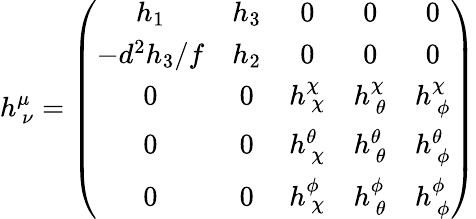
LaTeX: h_{~\nu}^{\mu}=\left(\begin{array}{ccccc}{{h_{1}}}&{{h_{3}}}&{{0}}&{{0}}&{{0}}\\ {{-d^{2}h_{3}/f}}&{{h_{2}}}&{{0}}&{{0}}&{{0}}\\ {{0}}&{{0}}&{{h_{~\chi}^{\chi}}}&{{h_{~\theta}^{\chi}}}&{{h_{~\phi}^{\chi}}}\\ {{0}}&{{0}}&{{h_{~\chi}^{\theta}}}&{{h_{~\theta}^{\theta}}}&{{h_{~\phi}^{\theta}}}\\ {{0}}&{{0}}&{{h_{~\chi}^{\phi}}}&{{h_{~\theta}^{\phi}}}&{{h_{~\phi}^{\phi}}}\end{array}\right)